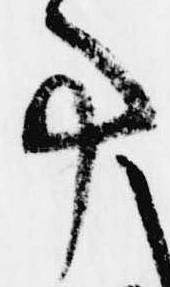
事